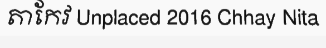
តាកែវ Unplaced 2016 Chhay Nita